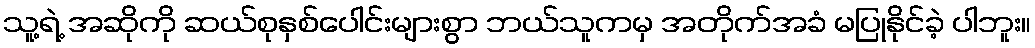
သူ့ရဲ့ အဆိုကို ဆယ်စုနှစ်ပေါင်းများစွာ ဘယ်သူကမှ အတိုက်အခံ မပြုနိုင်ခဲ့ ပါဘူး။